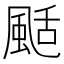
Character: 颳